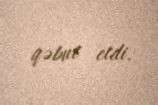
qəbul etdi.